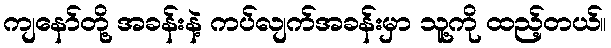
ကျနော်တို့ အခန်းနဲ့ ကပ်လျက်အခန်းမှာ သူ့ကို ထည့်တယ်။